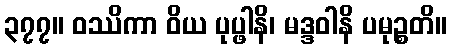
၃၇၇။ ဝဿိကာ ဝိယ ပုပ္ဖါနိ၊ မဒ္ဒဝါနိ ပမုဉ္စတိ။